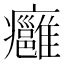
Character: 癰